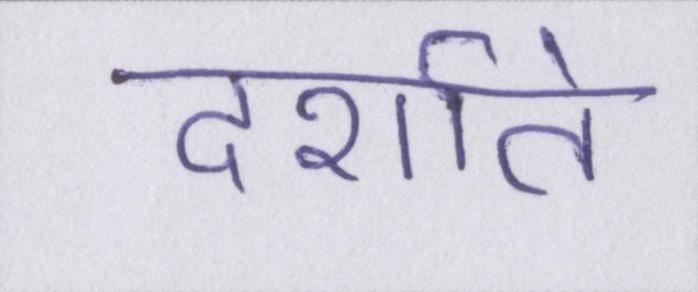
दर्शाते